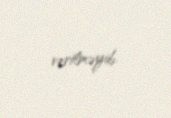
verilməyib.